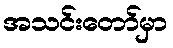
အသင်းတော်မှာ